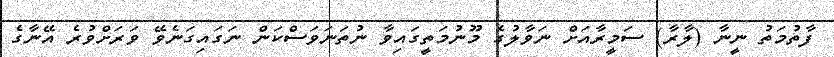
ފާތުމަތު ނީނާ (ލާރާ) ސަމީރާއަށް ނަވާލުގެ މޫނުމަތީގައިވާ ނުތަނަވަސްކަން ނަގައިގަނެވޭ ވަރަށްވުރެ އޭނާގެ